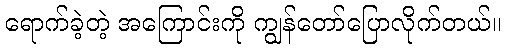
ရောက်ခဲ့တဲ့ အကြောင်းကို ကျွန်တော်ပြောလိုက်တယ်။